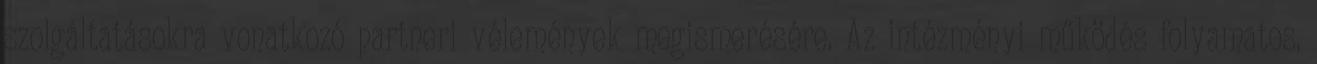
szolgáltatásokra vonatkozó partneri vélemények megismerésére. Az intézményi működés folyamatos,